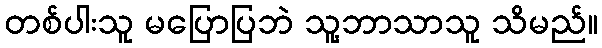
တစ်ပါးသူ မပြောပြဘဲ သူ့ဘာသာသူ သိမည်။